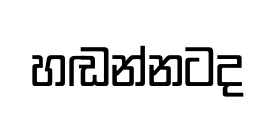
හඬන්නටද